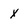
Character: x